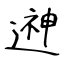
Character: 𨕫